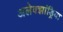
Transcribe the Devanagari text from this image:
अलेक्‍झांड्रिया